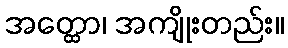
အတ္ထော၊ အကျိုးတည်း။